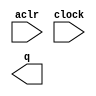
module lpm_counter_1bit (
	aclr,
	clock,
	q);

	input	  aclr;
	input	  clock;
	output	[0:0]  q;

endmodule